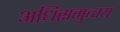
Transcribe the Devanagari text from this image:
अधिसमुच्चय